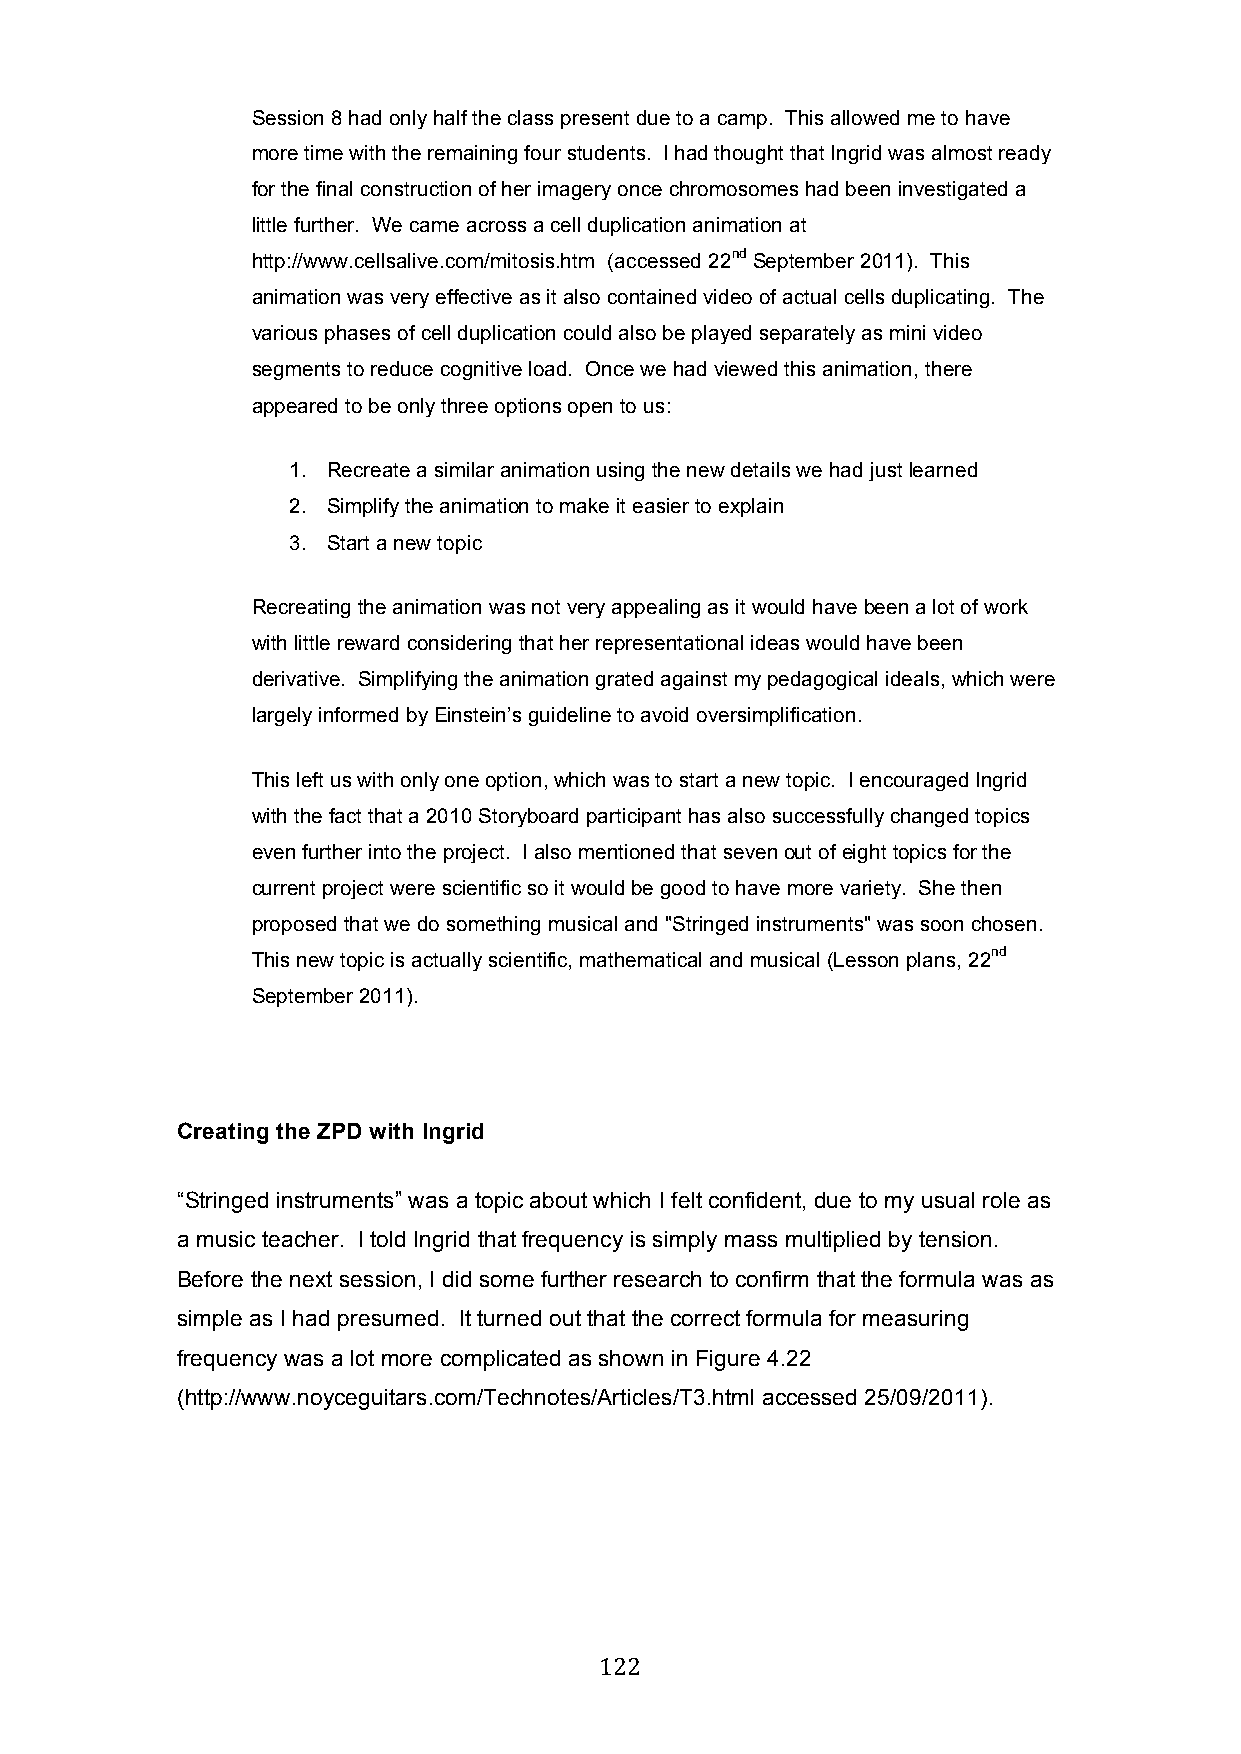
Session 8 had only half the class present due to a camp. This allowed me to have
 more time with the remaining four students. I had thought that Ingrid was almost ready
 for the final construction of her imagery once chromosomes had been investigated a
 little further. We came across a cell duplication animation at
 http://www.cellsalive.com/mitosis.htm (accessed 22nd September 2011). This
 animation was very effective as it also contained video of actual cells duplicating. The
 various phases of cell duplication could also be played separately as mini video
 segments to reduce cognitive load. Once we had viewed this animation, there
 appeared to be only three options open to us:
 1. Recreate a similar animation using the new details we had just learned
 2. Simplify the animation to make it easier to explain
 3. Start a new topic
 Recreating the animation was not very appealing as it would have been a lot of work
 with little reward considering that her representational ideas would have been
 derivative. Simplifying the animation grated against my pedagogical ideals, which were
 largely informed by Einstein’s guideline to avoid oversimplification.
 This left us with only one option, which was to start a new topic. I encouraged Ingrid
 with the fact that a 2010 Storyboard participant has also successfully changed topics
 even further into the project. I also mentioned that seven out of eight topics for the
 current project were scientific so it would be good to have more variety. She then
 proposed that we do something musical and "Stringed instruments" was soon chosen.
 This new topic is actually scientific, mathematical and musical (Lesson plans, 22nd
 September 2011).
 Creating the ZPD with Ingrid
 “Stringed instruments” was a topic about which I felt confident, due to my usual role as
 a music teacher. I told Ingrid that frequency is simply mass multiplied by tension.
 Before the next session, I did some further research to confirm that the formula was as
 simple as I had presumed. It turned out that the correct formula for measuring
 frequency was a lot more complicated as shown in Figure 4.22
 (http://www.noyceguitars.com/Technotes/Articles/T3.html accessed 25/09/2011).
 122